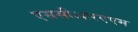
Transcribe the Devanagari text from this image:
एससीआरएएम